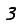
Digit: 3